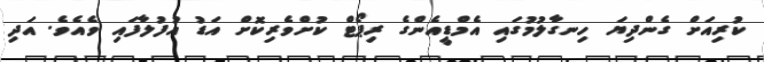
ކުރިއަށް ގެންދިޔަ ހިނގާލުމުގައި އެމްޑީއެންގެ ރިޕޯޓް ކުށްވެރިކޮށް އަޑު އުފުލާފައި ވެއެވެ. އަދި